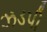
ઝડપી